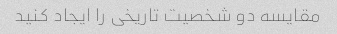
مقایسه دو شخصیت تاریخی را ایجاد کنید